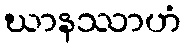
ဃာနဿာဟံ